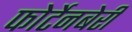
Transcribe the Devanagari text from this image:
फोर्टेनबेरी